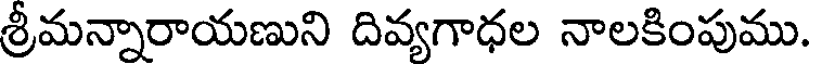
శ్రీమన్నారాయణుని దివ్యగాధల నాలకింపుము.